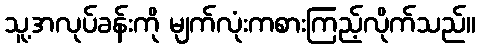
သူ့အလုပ်ခန်းကို မျက်လုံးကစားကြည့်လိုက်သည်။